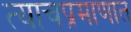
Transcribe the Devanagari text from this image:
त्याचप्रमाणात